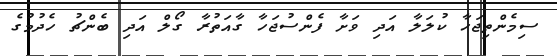
ސިމެންތިޖަހާ ކުލަލާ އަދި ވަށާ ފެންސުޖަހާ ގާއަތުރާ ގޯލް އަދި ބެންޗު ހެދުމުގެ